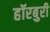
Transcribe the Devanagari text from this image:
हॉरबुरी